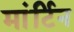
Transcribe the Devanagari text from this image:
मांर्टिन